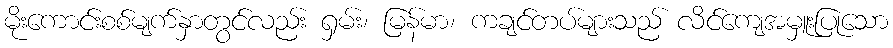
မိုးကောင်းစစ်မျက်နှာတွင်လည်း ရှမ်း၊ မြန်မာ၊ ကချင်တပ်များသည် လိင်ကျေအမှူးပြုသော